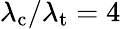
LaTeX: \lambda_{\mathrm{c}}/\lambda_{\mathrm{t}}=4